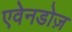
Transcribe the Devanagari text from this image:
एवेनडोज़